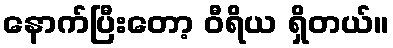
နောက်ပြီးတော့ ဝီရိယ ရှိတယ်။